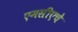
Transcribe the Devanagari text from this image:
एमसीएचे